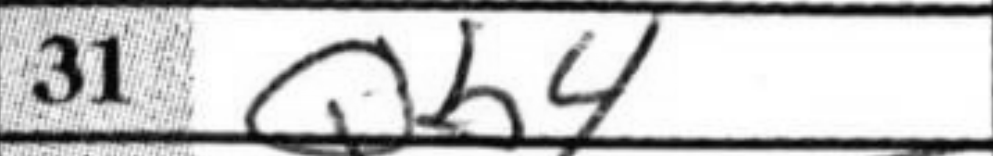
Transcription: Qb4